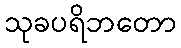
သုခပရိဘတော